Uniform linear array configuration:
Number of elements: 48
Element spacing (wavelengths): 1
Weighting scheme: binomial
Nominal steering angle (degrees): -45
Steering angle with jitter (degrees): -45.075
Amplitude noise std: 0.05
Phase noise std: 0.05

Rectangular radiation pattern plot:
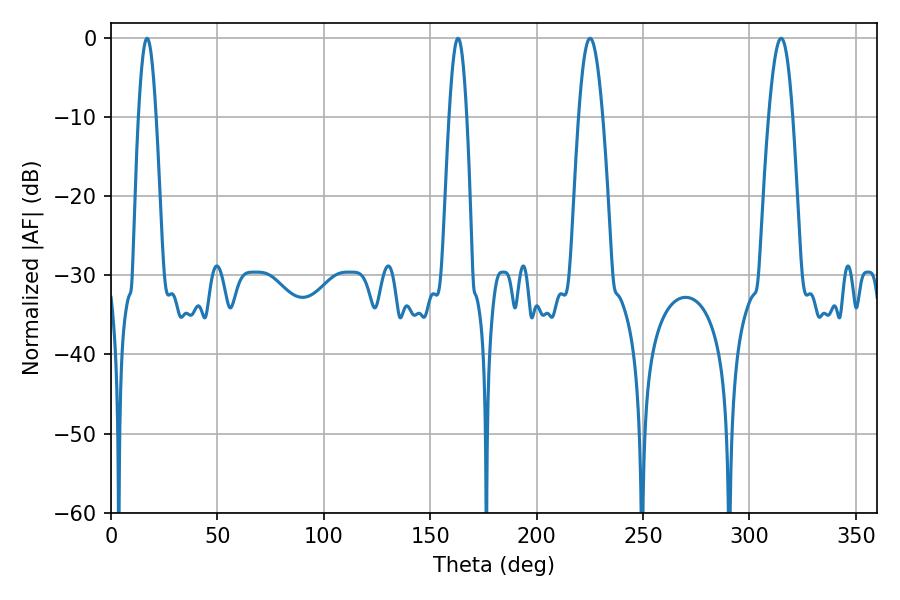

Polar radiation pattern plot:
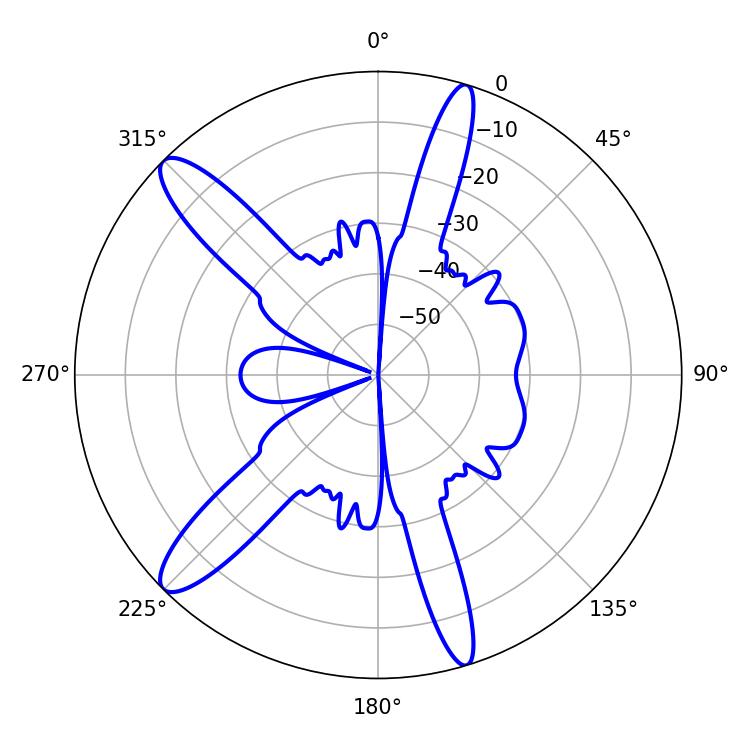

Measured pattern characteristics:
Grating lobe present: TRUE
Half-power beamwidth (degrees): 4.5
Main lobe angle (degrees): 16.92